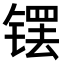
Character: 𫔆